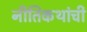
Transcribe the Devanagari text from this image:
नीतिकथांची